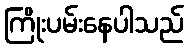
ကြိုးပမ်းနေပါသည်